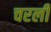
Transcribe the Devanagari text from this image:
चरली